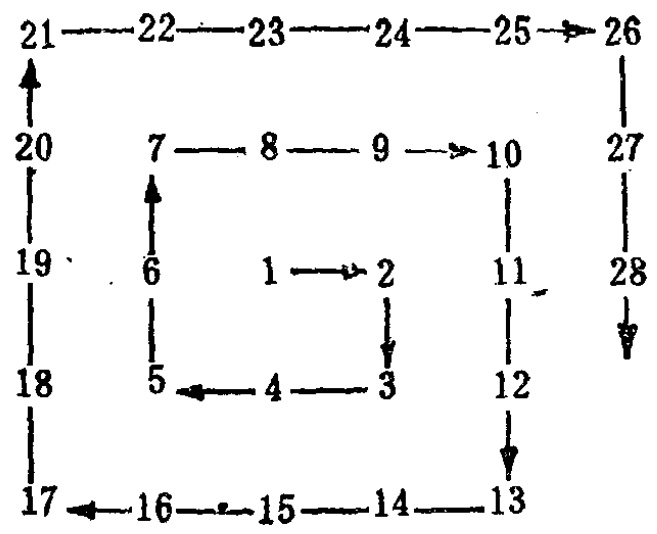
\begin{tikzpicture}
  \draw[->] (0,0) -- (0.5,0) node[midway,above] {1} -- (1,0);
  \draw[->] (1,0) -- (1,-0.5) node[midway,right] {2} -- (1,-1);
  \draw[->] (1,-1) -- (0.5,-1) node[midway,below] {3} -- (0,-1);
  \draw[->] (0,-1) -- (0,-1.5) node[midway,left] {4} -- (0,-2);
  \draw[->] (0,-2) -- (0.5,-2) node[midway,below] {5} -- (1,-2);
  \draw[->] (1,-2) -- (1,-1.5) node[midway,right] {6} -- (1,-1);
  \draw[->] (1,-1) -- (1.5,-1) node[midway,above] {7} -- (2,-1);
  \draw[->] (2,-1) -- (2,-1.5) node[midway,right] {8} -- (2,-2);
  \draw[->] (2,-2) -- (1.5,-2) node[midway,below] {9} -- (1,-2);
  \draw[->] (1,-2) -- (1,-2.5) node[midway,right] {10} -- (1,-3);
  \draw[->] (1,-3) -- (1.5,-3) node[midway,below] {11} -- (2,-3);
  \draw[->] (2,-3) -- (2,-3.5) node[midway,right] {12} -- (2,-4);
  \draw[->] (2,-4) -- (1.5,-4) node[midway,below] {13} -- (1,-4);
  \draw[->] (1,-4) -- (0.5,-4) node[midway,below] {14} -- (0,-4);
  \draw[->] (0,-4) -- (0,-3.5) node[midway,left] {15} -- (0,-3);
  \draw[->] (0,-3) -- (0.5,-3) node[midway,below] {16} -- (1,-3);
  \draw[->] (1,-3) -- (1,-2.5) node[midway,left] {17} -- (1,-2);
  \draw[->] (1,-2) -- (1,-1.5) node[midway,left] {18} -- (1,-1);
  \draw[->] (1,-1) -- (1,-0.5) node[midway,left] {19} -- (1,0);
  \draw[->] (1,0) -- (1,0.5) node[midway,right] {20} -- (1,1);
  \draw[->] (1,1) -- (0.5,1) node[midway,above] {21} -- (0,1);
  \draw[->] (0,1) -- (0,1.5) node[midway,left] {22} -- (0,2);
  \draw[->] (0,2) -- (0.5,2) node[midway,above] {23} -- (1,2);
  \draw[->] (1,2) -- (1,2.5) node[midway,right] {24} -- (1,3);
  \draw[->] (1,3) -- (1.5,3) node[midway,above] {25} -- (2,3);
  \draw[->] (2,3) -- (2,3.5) node[midway,right] {26} -- (2,4);
  \draw[->] (2,4) -- (1.5,4) node[midway,below] {27} -- (1,4);
  \draw[->] (1,4) -- (1,3.5) node[midway,left] {28} -- (1,3);
\end{tikzpicture}